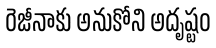
రెజీనాకు అనుకోని అదృష్టం